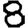
Digit: 8